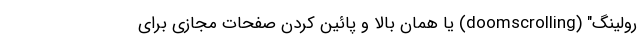
رولینگ" (doomscrolling) یا همان بالا و پائین کردن صفحات مجازی برای